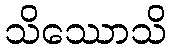
သိဿောသိ